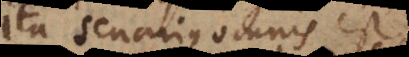
ita senarius omnis est